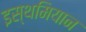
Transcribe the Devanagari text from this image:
इस्थमियान